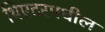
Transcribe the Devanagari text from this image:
थिएटरमधील